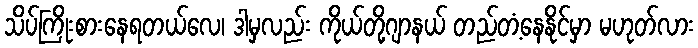
သိပ်ကြိုးစားနေရတယ်လေ၊ ဒါမှလည်း ကိုယ်တို့ဂျာနယ် တည်တံ့နေနိုင်မှာ မဟုတ်လား